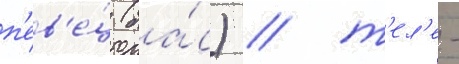
п'ев'е́ц (ба́с) / т'ел'е-